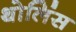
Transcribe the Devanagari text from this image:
थोलिंस